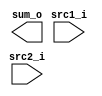
//Subject:     CA - Adder
//--------------------------------------------------------------------------------

module Adder(
    src1_i,
	src2_i,
	sum_o
	);
     
//I/O ports
input  [32-1:0]  src1_i;
input  [32-1:0]	 src2_i;
output [32-1:0]	 sum_o;

//Internal Signals
wire    [32-1:0]	 sum_o;

//Parameter
    
//Main function

endmodule